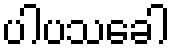
ပါပသခေါ